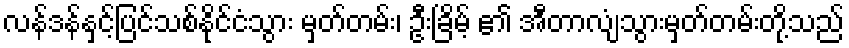
လန်ဒန်နှင့်ပြင်သစ်နိုင်ငံသွား မှတ်တမ်း၊ ဦးခြိမ့် ၏ အီတာလျံသွားမှတ်တမ်းတို့သည်